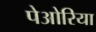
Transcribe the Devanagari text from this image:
पेओरिया